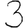
Digit: 3